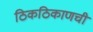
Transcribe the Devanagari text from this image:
ठिकठिकाणची